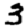
Digit: 3